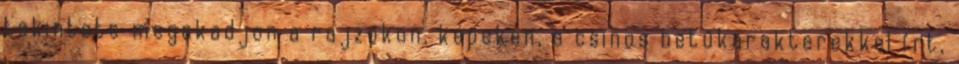
tekintete megakadjon a rajzokon, képeken, a csinos betűkarakterekkel írt,